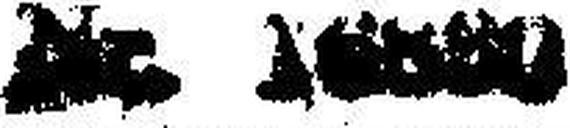
Nr. 16###80